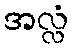
အလ္လံ